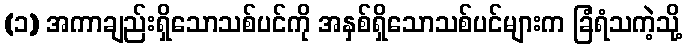
(၁) အကာချည်းရှိသောသစ်ပင်ကို အနှစ်ရှိသောသစ်ပင်များက ခြံရံသကဲ့သို့